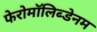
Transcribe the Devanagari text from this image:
फेरोमॉलिब्डेनम